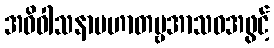
အဓိဝါသနာပဟာတဗ္ဗအာသဝအဖွင့်